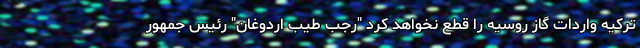
ترکیه واردات گاز روسیه را قطع نخواهد کرد "رجب طیب اردوغان" رئیس جمهور